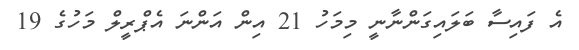
އެ ފައިސާ ބަލައިގަންނާނީ މިމަހު 21 އިން އަންނަ އެޕްރީލް މަހުގެ 19